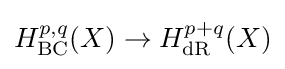
H_{\mathrm {BC} }^{p,q}(X)\rightarrow H_{\mathrm {dR} }^{p+q}(X)